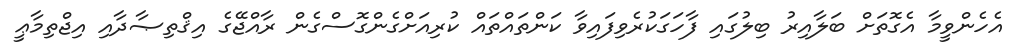
އެހެންވީމާ އެގޮތަށް ބަލާއިރު ބިލުގައި ފާހަގަކުރެވިފައިވާ ކަންތައްތައް ކުރިއަށްގެންގޮސްގެން ރާއްޖޭގެ އިޤްތިޞާދާއި އިޖްތިމާޢީ